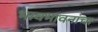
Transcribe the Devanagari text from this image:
भावभावनांचा